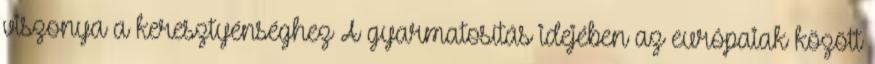
viszonya a keresztyénséghez A gyarmatosítás idejében az európaiak között